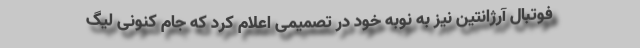
فوتبال آرژانتین نیز به نوبه خود در تصمیمی اعلام کرد که جام کنونی لیگ